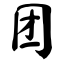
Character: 团